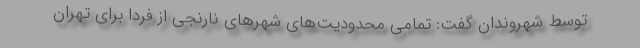
توسط شهروندان گفت: تمامی محدودیت‌های شهر‌های نارنجی از فردا برای تهران